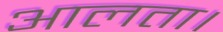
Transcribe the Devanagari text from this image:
आलता।